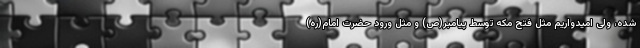
شده، ولی امیدواریم مثل فتح مکه توسط پیامبر(ص) و مثل ورود حضرت امام(ره)